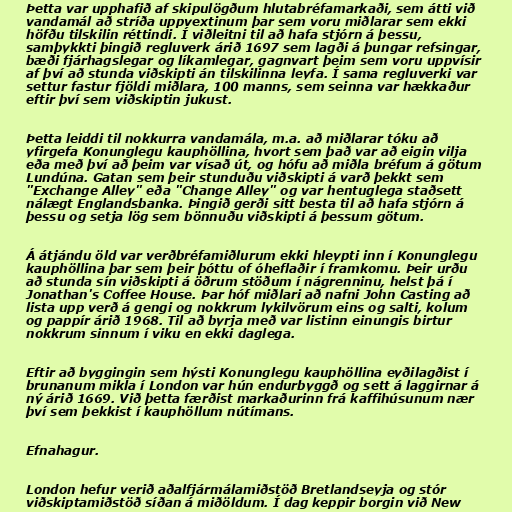
Þetta var upphafið af skipulögðum hlutabréfamarkaði, sem átti við
vandamál að stríða uppvextinum þar sem voru miðlarar sem ekki
höfðu tilskilin réttindi. Í viðleitni til að hafa stjórn á þessu,
samþykkti þingið regluverk árið 1697 sem lagði á þungar refsingar,
bæði fjárhagslegar og líkamlegar, gagnvart þeim sem voru uppvísir
af því að stunda viðskipti án tilskilinna leyfa. Í sama regluverki var
settur fastur fjöldi miðlara, 100 manns, sem seinna var hækkaður
eftir því sem viðskiptin jukust.

Þetta leiddi til nokkurra vandamála, m.a. að miðlarar tóku að
yfirgefa Konunglegu kauphöllina, hvort sem það var að eigin vilja
eða með því að þeim var vísað út, og hófu að miðla bréfum á götum
Lundúna. Gatan sem þeir stunduðu viðskipti á varð þekkt sem
"Exchange Alley" eða "Change Alley" og var hentuglega staðsett
nálægt Englandsbanka. Þingið gerði sitt besta til að hafa stjórn á
þessu og setja lög sem bönnuðu viðskipti á þessum götum.

Á átjándu öld var verðbréfamiðlurum ekki hleypti inn í Konunglegu
kauphöllina þar sem þeir þóttu of óheflaðir í framkomu. Þeir urðu
að stunda sín viðskipti á öðrum stöðum í nágrenninu, helst þá í
Jonathan's Coffee House. Þar hóf miðlari að nafni John Casting að
lista upp verð á gengi og nokkrum lykilvörum eins og salti, kolum
og pappír árið 1968. Til að byrja með var listinn einungis birtur
nokkrum sinnum í viku en ekki daglega.

Eftir að byggingin sem hýsti Konunglegu kauphöllina eyðilagðist í
brunanum mikla í London var hún endurbyggð og sett á laggirnar á
ný árið 1669. Við þetta færðist markaðurinn frá kaffihúsunum nær
því sem þekkist í kauphöllum nútímans.

Efnahagur.

London hefur verið aðalfjármálamiðstöð Bretlandseyja og stór
viðskiptamiðstöð síðan á miðöldum. Í dag keppir borgin við New